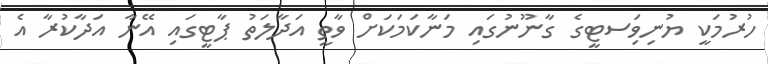
ހުރުމަކީ ޔުނިވަިސޓީގެ ގާނޫނުގައި މަނާކަމަކަށް ވާތީ އަދާލަތު ޕާޓީގައި އޭނާ އަދާކުރާ އެ